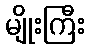
မျိုးကြီး